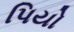
પિયો